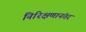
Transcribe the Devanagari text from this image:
निरिक्षणानंतर